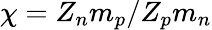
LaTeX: \chi=Z_{n}m_{p}/Z_{p}m_{n}